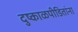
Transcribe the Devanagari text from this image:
दुष्काळपीडितांना